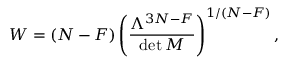
W = ( N - F ) \left( { \frac { \Lambda ^ { 3 N - F } } { \operatorname * { d e t } M } } \right) ^ { 1 / ( N - F ) } ,